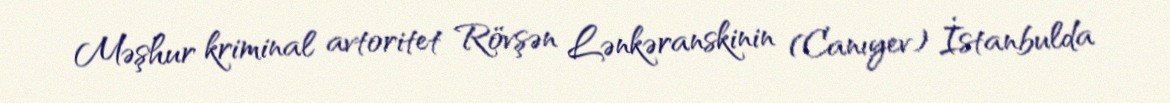
Məşhur kriminal avtoritet Rövşən Lənkəranskinin (Canıyev) İstanbulda